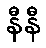
နီနီ